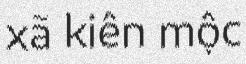
xã kiên mộc